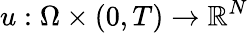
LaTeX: u:\Omega\times(0,T)\to\mathbb{R}^{N}